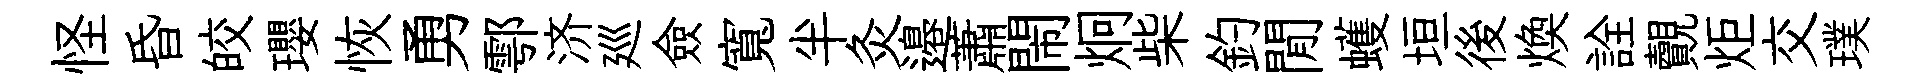
怪昏皎瓔恢勇鄠济廵僉寬半灸邉蕭閙炯柴釣閒蠖垣後煥詮覿炬交璞